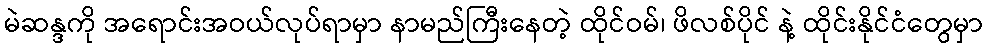
မဲဆန္ဒကို အရောင်းအဝယ်လုပ်ရာမှာ နာမည်ကြီးနေတဲ့ ထိုင်ဝမ်၊ ဖိလစ်ပိုင် နဲ့ ထိုင်းနိုင်ငံတွေမှာ